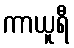
ကာယူရီ